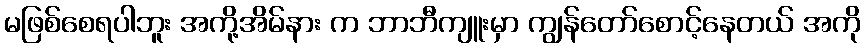
မဖြစ်စေရပါဘူး အကို့အိမ်နား က ဘာဘီကျူးမှာ ကျွန်တော်စောင့်နေတယ် အကို